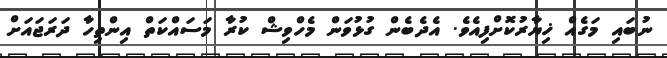
ނުބައި މަގެއް ޚިޔާރުކޮށްފިއެވެ. އެދެބެން ގުޅުވަން މެހްވިޝް ކުރާ މަސައްކަތް އިންތިހާ ދަރަޖައަށް